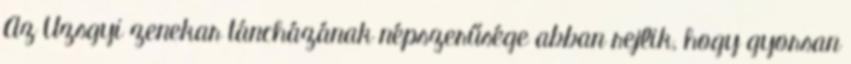
Az Uzsgyi zenekar táncházának népszerűsége abban rejlik, hogy gyorsan